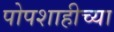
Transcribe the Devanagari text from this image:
पोपशाहीच्या